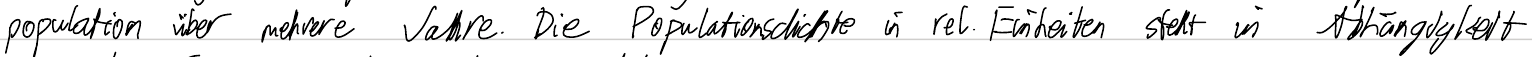
population über mehrere Jahre. Die Populationsdichte in rel. Einheiten steht in Abhängigkeit